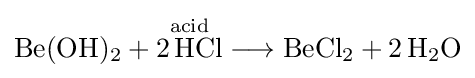
{\mathrm {Be} (\mathrm {OH} ){\vphantom {A}}_{\smash[{t}]{2}}{}+{}{\overset {\mathrm {acid} }{2\,\mathrm {HCl} }}{}\mathrel {\longrightarrow } {}\mathrm {BeCl} {\vphantom {A}}_{\smash[{t}]{2}}{}+{}2\,\mathrm {H} {\vphantom {A}}_{\smash[{t}]{2}}\mathrm {O} }